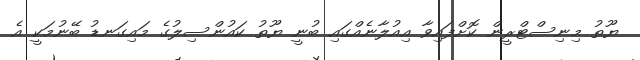
ޔޫތު މިނިސްޓްރީން ކޮށްފައިވާ އިއުލާނެއްގައި ބުނީ ޔޫތު ކައުންސިލުގެ މައިގަނޑު ބޭނުމަކީ އެ